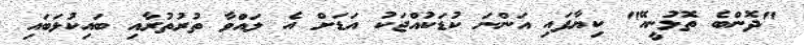
"ދޮންބެ ތޮޅުނީއޭ" ކިޔާފައި އަންނަ ކުޑަކުއްޖަކު އަޑަށް އެ ލައްވާ ތުރުތުރާއި ބައިކުޅަބައި